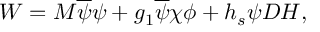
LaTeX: W = M \overline { { { \psi } } } \psi + g _ { 1 } \overline { { { \psi } } } \chi \phi + h _ { s } \psi D H ,